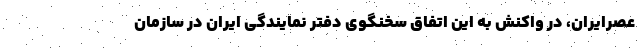
عصرایران، در واکنش به این اتفاق سخنگوی دفتر نمایندگی ایران در سازمان